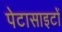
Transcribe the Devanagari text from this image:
पेटासाइटों